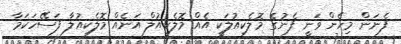
ފެނަން މިހެން ވަނީ ފެނުގެ މޮލެކިއުލަކީ އެއް މޮލެކިއުލް އަނެއް މޮލެކިއުލާ ފަސޭހަކަމާ